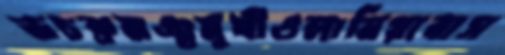
ভচক্রমঞ্চমুখীওলানিয়াবাস